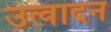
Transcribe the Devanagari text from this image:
उत्वादन